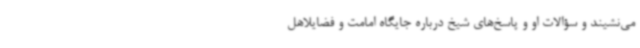
می‌نشیند و سؤالات او و پاسخ‌های شیخ درباره جایگاه امامت و فضایلاهل